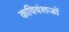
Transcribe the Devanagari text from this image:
कविवंशजों